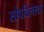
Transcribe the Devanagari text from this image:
सोपविलेल्या